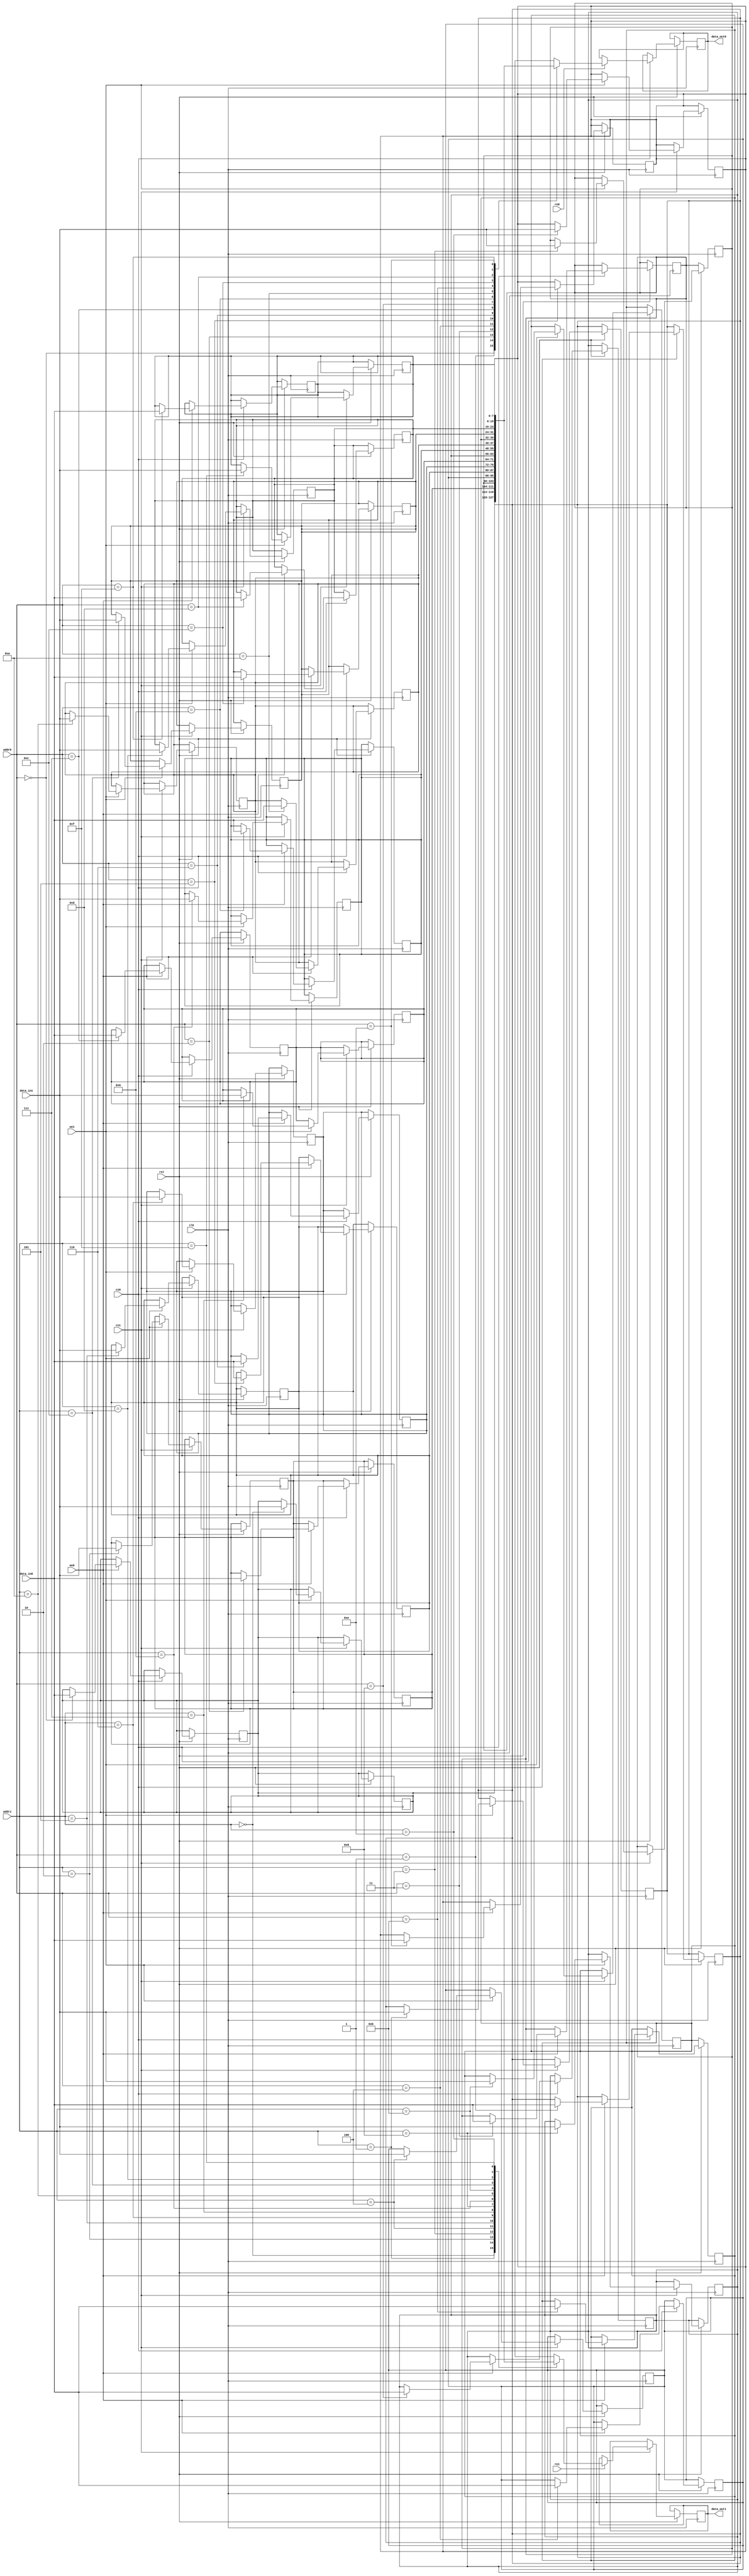
module MPSRAM #(
    parameter DATA_WIDTH = 8,  // Width of each data word
    parameter ADDR_WIDTH = 4,   // Address width (number of addressable locations)
    parameter NUM_PORTS = 2     // Number of ports
)(
    // Port 0 Interface
    input  wire [ADDR_WIDTH-1:0] addr0,
    input  wire [DATA_WIDTH-1:0] data_in0,
    output wire [DATA_WIDTH-1:0] data_out0,
    input  wire we0, // Write Enable for Port 0
    input  wire re0, // Read Enable for Port 0
    input  wire cs0, // Chip Select for Port 0

    // Port 1 Interface
    input  wire [ADDR_WIDTH-1:0] addr1,
    input  wire [DATA_WIDTH-1:0] data_in1,
    output wire [DATA_WIDTH-1:0] data_out1,
    input  wire we1, // Write Enable for Port 1
    input  wire re1, // Read Enable for Port 1
    input  wire cs1, // Chip Select for Port 1

    // Clock and Reset
    input  wire clk,
    input  wire rst
);

    // Memory Array
    reg [DATA_WIDTH-1:0] mem_array [(2**ADDR_WIDTH)-1:0];

    // Port 0 Control Logic
    always @(posedge clk or negedge rst) begin
        if (!rst) begin
            // Reset logic can be implemented here if needed
        end else begin
            if (cs0) begin
                if (we0) begin
                    mem_array[addr0] <= data_in0; // Write operation
                end
                if (re0) begin
                    data_out0 <= mem_array[addr0]; // Read operation
                end
            end
        end
    end

    // Port 1 Control Logic
    always @(posedge clk or negedge rst) begin
        if (!rst) begin
            // Reset logic can be implemented here if needed
        end else begin
            if (cs1) begin
                if (we1) begin
                    mem_array[addr1] <= data_in1; // Write operation
                end
                if (re1) begin
                    data_out1 <= mem_array[addr1]; // Read operation
                end
            end
        end
    end

endmodule